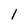
Character: l